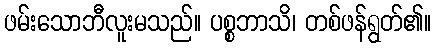
ဖမ်းသောဘီလူးမသည်။ ပစ္စဘာသိ၊ တစ်ဖန်ရွတ်၏။